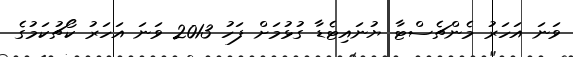
ވަނަ އަހަރު މެންޗެސްޓާ ޔުނައިޓެޑާ ގުޅުމަށް ފަހު 2013 ވަނަ އަހަރު ކޯޗުކަމުގެ